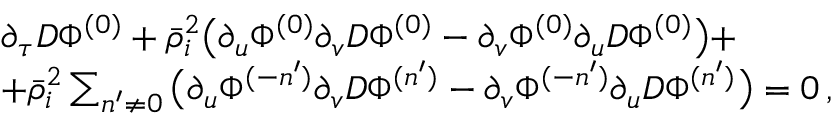
\begin{array} { r l } & { \partial _ { \tau } D \Phi ^ { ( 0 ) } + \bar { \rho } _ { i } ^ { 2 } \big ( \partial _ { u } \Phi ^ { ( 0 ) } \partial _ { v } D \Phi ^ { ( 0 ) } - \partial _ { v } \Phi ^ { ( 0 ) } \partial _ { u } D \Phi ^ { ( 0 ) } \big ) + } \\ & { + \bar { \rho } _ { i } ^ { 2 } \sum _ { n ^ { \prime } \neq 0 } \big ( \partial _ { u } \Phi ^ { ( - n ^ { \prime } ) } \partial _ { v } D \Phi ^ { ( n ^ { \prime } ) } - \partial _ { v } \Phi ^ { ( - n ^ { \prime } ) } \partial _ { u } D \Phi ^ { ( n ^ { \prime } ) } \big ) = 0 \, , } \end{array}